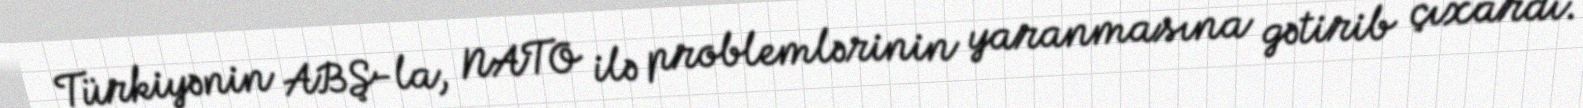
Türkiyənin ABŞ-la, NATO ilə problemlərinin yaranmasına gətirib çıxardı.